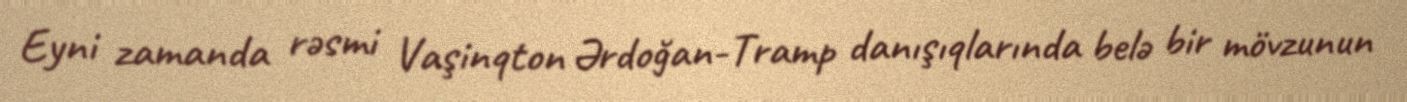
Eyni zamanda rəsmi Vaşinqton Ərdoğan-Tramp danışıqlarında belə bir mövzunun